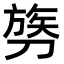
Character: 𫦓